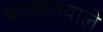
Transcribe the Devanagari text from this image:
कारबनवाले